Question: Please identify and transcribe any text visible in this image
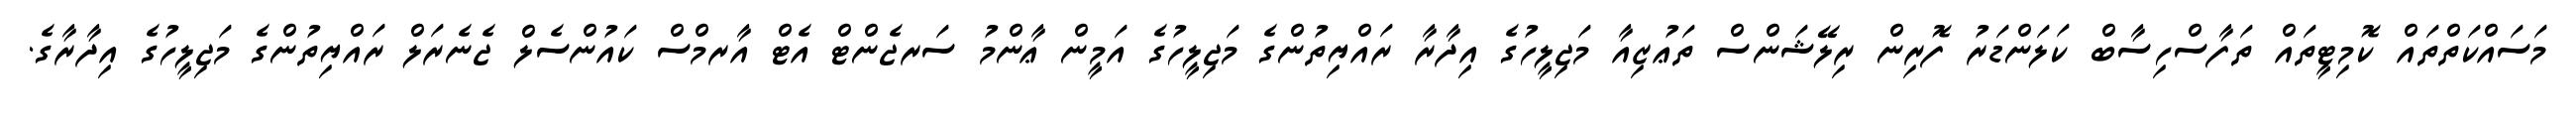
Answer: މަސައްކަތްތައް ކޮމިޓީތައް ތަފާސްހިސާބް ކަލަންޑަރު ފޮރިން ރިލޭޝަންސް ތަޢުޒިއާ މަޖިލީހުގެ އިދާރާ ރައްޔިތުންގެ މަޖިލީހުގެ އަމީން ޢާންމު ސަރޖެންޓް އެޓް އާރމްސް ކައުންސެލް ޖެނެރަލް ރައްޔިތުންގެ މަޖިލީހުގެ އިދާރާގެ.